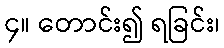
၄။ တောင်း၍ ရခြင်း၊